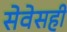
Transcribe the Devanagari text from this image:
सेवेसही